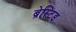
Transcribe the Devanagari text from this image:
ब्रेस्टिड